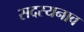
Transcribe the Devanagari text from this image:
सदस्यनाव